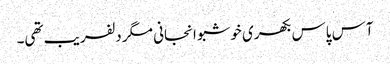
آس پاس بکھری خوشبو انجانی مگر دلفریب تھی۔